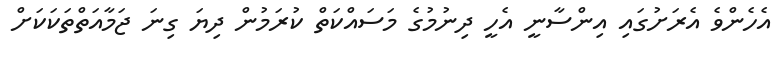
އެހެންވެ އެރަށުގައި އިންސާނީ އެހީ ދިނުމުގެ މަސައްކަތް ކުރަމުން ދިޔަ ގިނަ ޖަމާއަތްތަކަކަށް